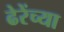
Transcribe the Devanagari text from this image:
ढेरेंच्या